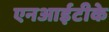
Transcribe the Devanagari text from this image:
एनआईटीके